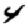
Digit: 4